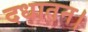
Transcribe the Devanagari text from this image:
दधातन।